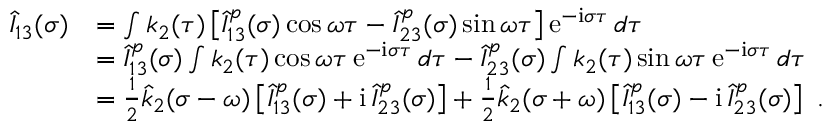
\begin{array} { r l } { \hat { I } _ { 1 3 } ( \sigma ) } & { = \int k _ { 2 } ( \tau ) \left[ \hat { I } _ { 1 3 } ^ { p } ( \sigma ) \cos \omega \tau - \hat { I } _ { 2 3 } ^ { p } ( \sigma ) \sin \omega \tau \right] \mathrm { e } ^ { - \mathrm { i } \sigma \tau } \, d \tau } \\ & { = \hat { I } _ { 1 3 } ^ { p } ( \sigma ) \int k _ { 2 } ( \tau ) \cos \omega \tau \, \mathrm { e } ^ { - \mathrm { i } \sigma \tau } \, d \tau - \hat { I } _ { 2 3 } ^ { p } ( \sigma ) \int k _ { 2 } ( \tau ) \sin \omega \tau \, \mathrm { e } ^ { - \mathrm { i } \sigma \tau } \, d \tau } \\ & { = \frac 1 2 \hat { k } _ { 2 } ( \sigma - \omega ) \left[ \hat { I } _ { 1 3 } ^ { p } ( \sigma ) + \mathrm { i } \, \hat { I } _ { 2 3 } ^ { p } ( \sigma ) \right] + \frac 1 2 \hat { k } _ { 2 } ( \sigma + \omega ) \left[ \hat { I } _ { 1 3 } ^ { p } ( \sigma ) - \mathrm { i } \, \hat { I } _ { 2 3 } ^ { p } ( \sigma ) \right] \ . } \end{array}